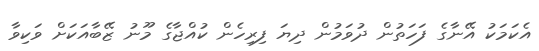
އެކަމަކު އޭނާގެ ފަހަތުން ދުވަމުން ދިޔަ ފިރިހެން ކުއްޖާގެ މޫނު ޒޭބާއަކަށް ވަކިވާ